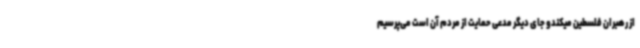
از رهبران فلسطین میکندو جای دیگر مدعی حمایت از مردم آن است می‌پرسیم